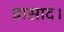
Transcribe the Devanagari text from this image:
प्रासाद।